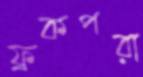
ফ্রকপরা